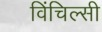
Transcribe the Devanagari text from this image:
विंचिल्सी